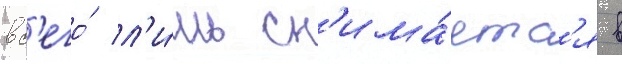
вс'его́ л'и́шь сн'има́етс'я в